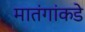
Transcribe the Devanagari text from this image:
मातंगांकडे